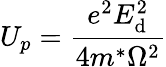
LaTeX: U_{p}=\frac{e^{2}E_{\textrm{d}}^{2}}{4m^{*}\Omega^{2}}